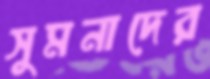
সুমনাদের